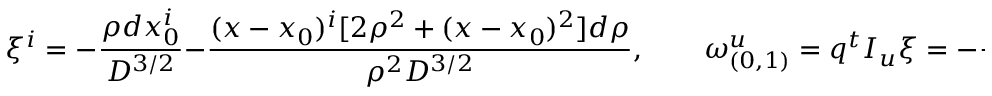
\xi ^ { i } = - { \frac { \rho d x _ { 0 } ^ { i } } { D ^ { 3 / 2 } } } - { \frac { ( x - x _ { 0 } ) ^ { i } [ 2 \rho ^ { 2 } + ( x - x _ { 0 } ) ^ { 2 } ] d \rho } { \rho ^ { 2 } D ^ { 3 / 2 } } } , \quad \quad \omega _ { ( 0 , 1 ) } ^ { u } = q ^ { t } I _ { u } \xi = - { \frac { ( x - x _ { 0 } ) ^ { t } I ^ { u } d x _ { 0 } } { D ^ { 2 } } } .